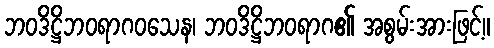
ဘဝဒိဋ္ဌိဘဝရာဂဝသေန၊ ဘဝဒိဋ္ဌိဘဝရာဂ၏ အစွမ်းအားဖြင့်။